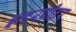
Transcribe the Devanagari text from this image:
इन्टरप्रीटर